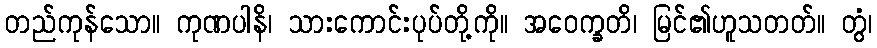
တည်ကုန်သော။ ကုဏပါနိ၊ သားကောင်းပုပ်တို့ကို။ အဝေက္ခတိ၊ မြင်၏ဟူသတတ်။ တွံ၊